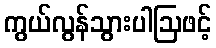
ကွယ်လွန်သွားပါဩဖင့်